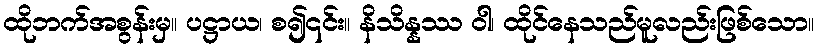
ထိုဘက်အစွန်းမှ။ ပဋ္ဌာယ၊ စ၍၎င်း။ နိသိန္နဿ ဝါ၊ ထိုင်နေသည်မူလည်းဖြစ်သော။